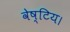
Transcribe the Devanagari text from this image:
वेष्टिय।